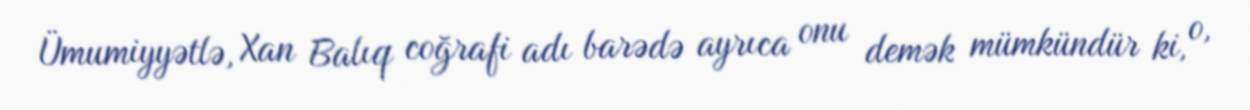
Ümumiyyətlə, Xan Balıq coğrafi adı barədə ayrıca onu demək mümkündür ki, o,